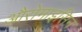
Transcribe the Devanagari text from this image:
औरोमाइसिन